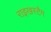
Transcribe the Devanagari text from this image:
राइखस्टैग